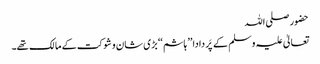
حضور صلی اللہ
تعالیٰ علیہ وسلم کے پَر دادا ’’ ہاشم ‘‘ بڑی شان و شوکت کے مالک تھے۔